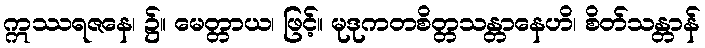
ဣဿရဇနေ၊ ၌။ မေတ္တာယ၊ ဖြင့်။ မုဒုကတစိတ္တသန္တာနေဟိ၊ စိတ်သန္တာန်